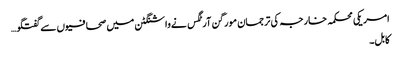
امریکی محکمہ خارجہ کی ترجمان مورگن آرٹگس نےواشنگٹن میں صحافیوں سےگفتگو…
کابل۔